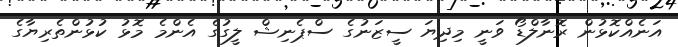
އަނެއްކޮޅުން ރޮނާލްޑޯ ވަނީ މިދިޔަ ސީޒަނުގެ ސްޕެނިޝް ލީގުގެ އެންމެ މޮޅު ކުޅުންތެރިޔާގެ